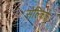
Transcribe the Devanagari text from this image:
सेल्किर्क